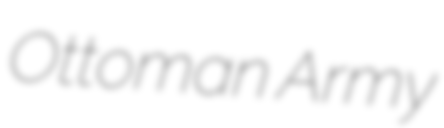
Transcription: Ottoman Army